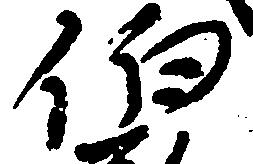
伯